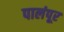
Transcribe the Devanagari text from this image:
पालंपूर